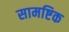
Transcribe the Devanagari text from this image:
सामष्टिक